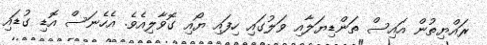
ރައްޔިތުން އައިސް ތަންޑިޔަލާއި ވަލުގައި ހިފައި ޔޯއި ގޮވާލިއެވެ. އެހެނަސް އޮޑި ގުޑައި